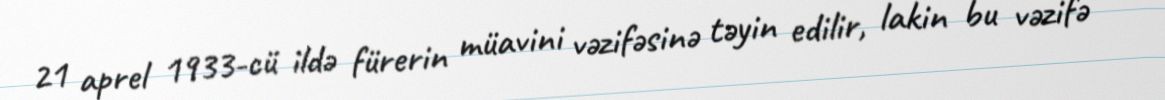
21 aprel 1933-cü ildə fürerin müavini vəzifəsinə təyin edilir, lakin bu vəzifə